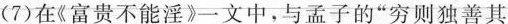
( 7 ) 在《 富贵不能淫 》一文中，与孟子的 ” 穷则独善其